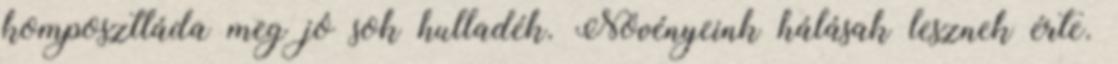
komposztláda meg jó sok hulladék. Növényeink hálásak lesznek érte.